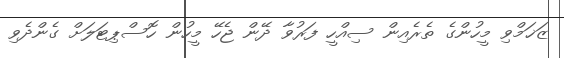
ޒަޚަމްވި މީހުންގެ ތެރެއިން ސިއްހީ ފަރުވާ ދޭން ޖެހޭ މީހުން ހޮސްޕިޓަލަށް ގެންދެވި